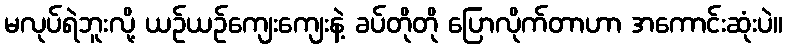
မလုပ်ရဲဘူးလို့ ယဉ်ယဉ်ကျေးကျေးနဲ့ ခပ်တိုတို ပြောလိုက်တာဟာ အကောင်းဆုံးပဲ။